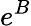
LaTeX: e^{B}